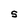
Character: S